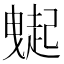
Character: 𧽇